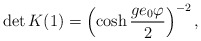
\begin{align*}\det{K}(1)=\left(\cosh\frac{ge_{0}\varphi}{2}\right)^{-2},\end{align*}